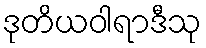
ဒုတိယဝါရာဒီသု